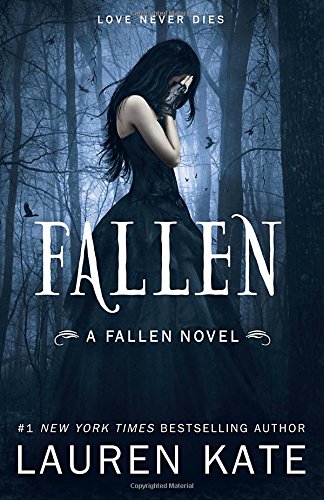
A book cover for Fallen; Lauren Kate; Teen & Young Adult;